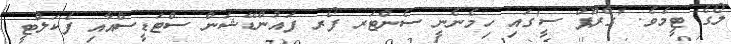
ލޯގެ ޓީމެވެ. 'ގްރޫޕް ސީ'ގައި ހިމެނެނީ ސެންޓަރ ފޯރ ފައުންޑޭޝަން ސްޓަޑީސްއާއި ފެކަލްޓީ